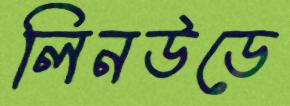
লিনউডে